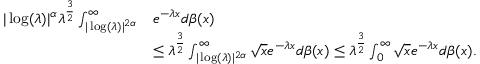
\begin{array} { r l } { | \log ( \lambda ) | ^ { \alpha } \lambda ^ { \frac { 3 } { 2 } } \int _ { | \log ( \lambda ) | ^ { 2 \alpha } } ^ { \infty } } & { e ^ { - \lambda x } d \beta ( x ) } \\ & { \leq \lambda ^ { \frac { 3 } { 2 } } \int _ { | \log ( \lambda ) | ^ { 2 \alpha } } ^ { \infty } \sqrt { x } e ^ { - \lambda x } d \beta ( x ) \leq \lambda ^ { \frac { 3 } { 2 } } \int _ { 0 } ^ { \infty } \sqrt { x } e ^ { - \lambda x } d \beta ( x ) . } \end{array}